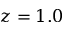
z = 1 . 0